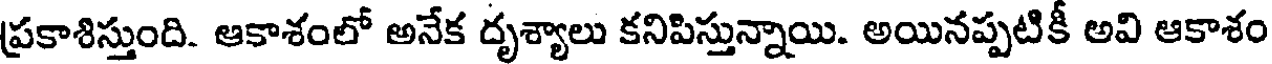
ప్రకాశిస్తుంది. ఆకాశంలో అనేక దృశ్యాలు కనిపిస్తున్నాయి. అయినప్పటికీ అవి ఆకాశం